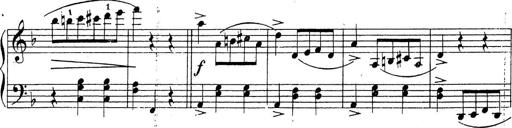
Title: 10 Sonatinas
Composer: Fritz Spindler